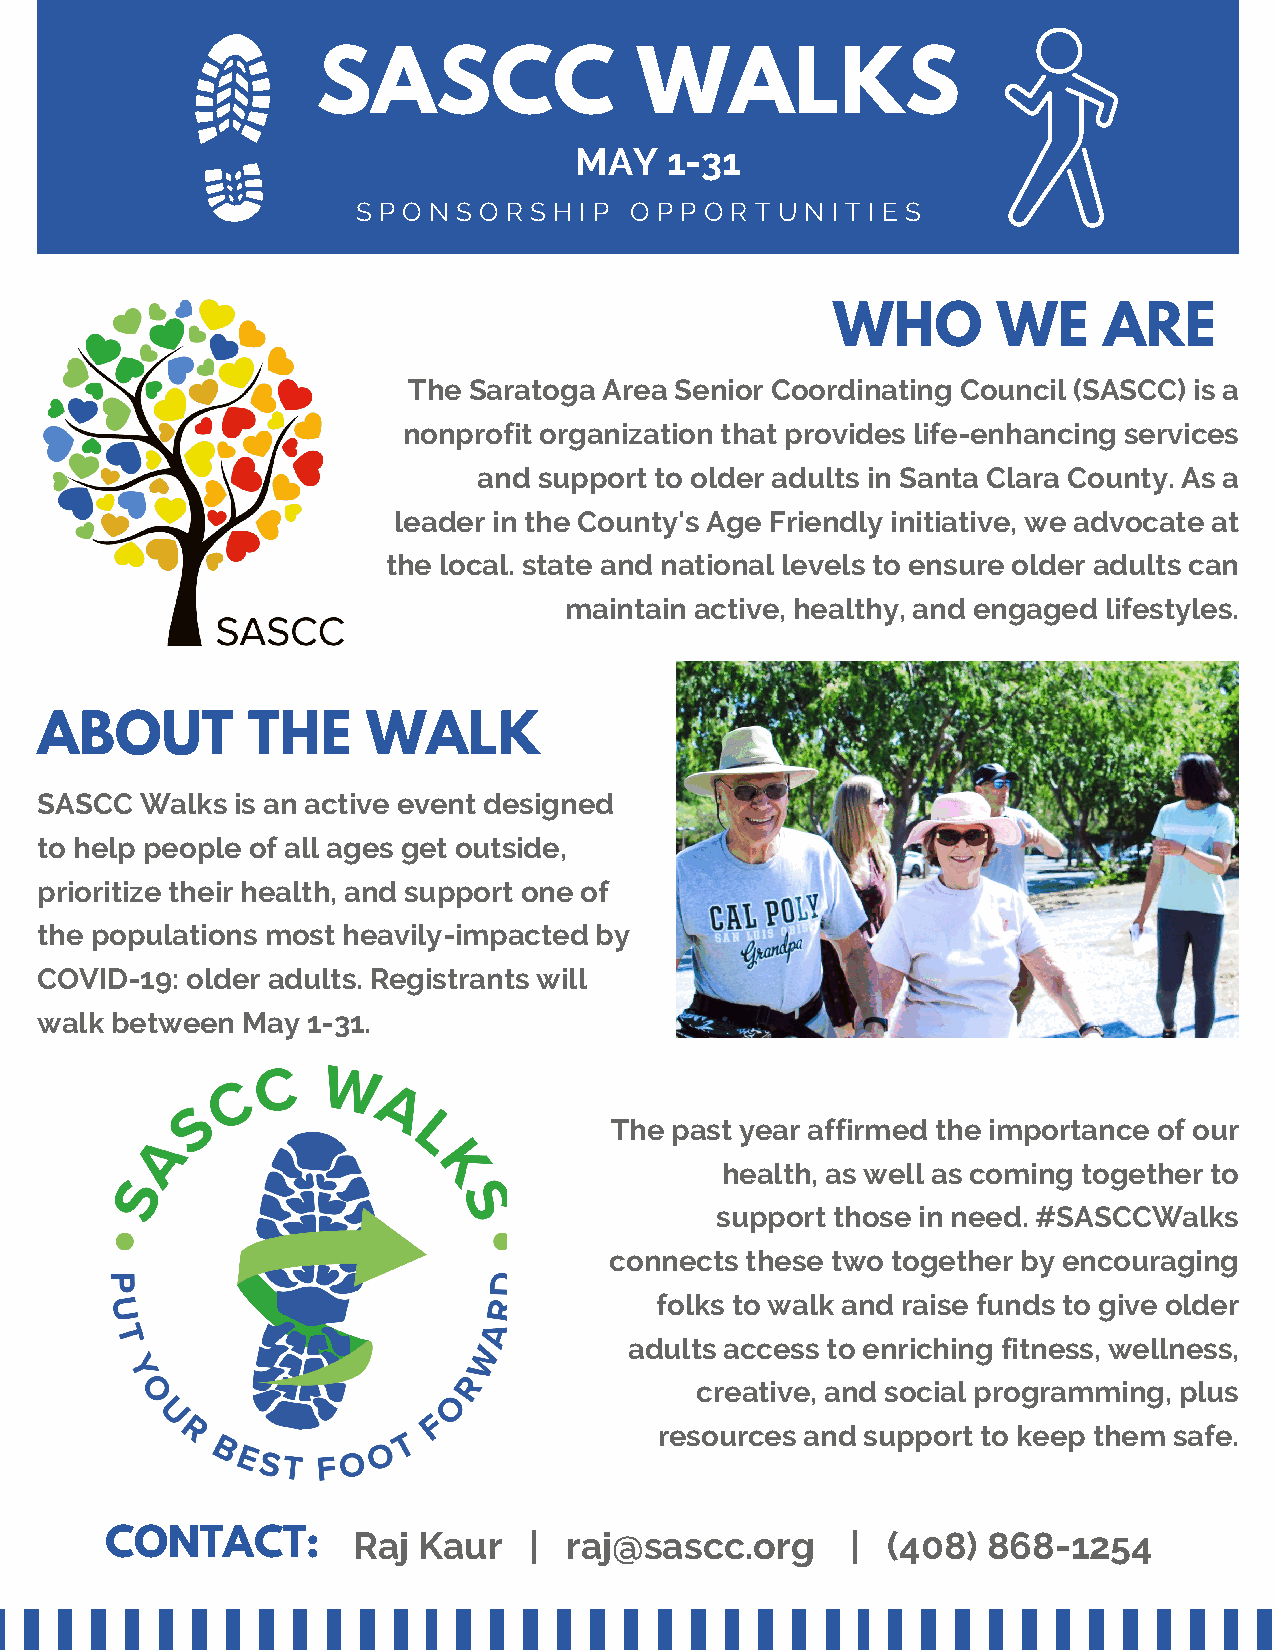
SASCC                WALKS
 MAY   1-31
 S P O N S O R S H I P O P P O R T U N I T I E S
 WHO        WE     ARE
 The Saratoga Area Senior Coordinating Council (SASCC) is a
 nonprofit organization that provides life-enhancing services
 and support to older adults in Santa Clara County. As a
 leader in the County's Age Friendly initiative, we advocate at
 the local. state and national levels to ensure older adults can
 maintain active, healthy, and engaged lifestyles.
 ABOUT         THE     WALK
 SASCC  Walks is an active event designed
 to help people of all ages get outside,
 prioritize their health, and support one of
 the populations most heavily-impacted by
 COVID-19: older adults. Registrants will
 walk between  May 1-31.
 The past year affirmed the importance of our
 health, as well as coming together to
 support those in need. #SASCCWalks
 connects these two together by encouraging
 folks to walk and raise funds to give older
 adults access to enriching fitness, wellness,
 creative, and social programming, plus
 resources and support to keep them safe.
 CONTACT:        Raj  Kaur   | raj@sascc.org      |  (408) 868-1254